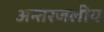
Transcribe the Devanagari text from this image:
अन्‍तरजलीय